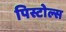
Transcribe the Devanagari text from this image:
पिस्टोल्स